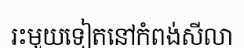
រះមួយទៀតនៅកំពង់សីលា